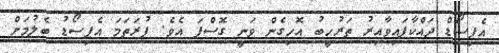
އެޕިސޯޑް ދައްކާފައިވާއިރު ތަރުހީބު އޮހިގެން ވަނީ ގޮސްފަ އެވެ. ފުރަތަމަ އެޕިސޯޑު ބެލުމަށް